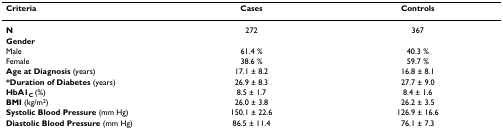
<table><thead><tr><td><b>Criteria</b></td><td><b>Cases</b></td><td><b>Controls</b></td></tr></thead><tbody><tr><td><b>N</b></td><td>272</td><td>367</td></tr><tr><td><b>Gender</b></td><td></td><td></td></tr><tr><td>Male</td><td>61.4 %</td><td>40.3 %</td></tr><tr><td>Female</td><td>38.6 %</td><td>59.7 %</td></tr><tr><td><b>Age at Diagnosis </b>(years)</td><td>17.1 ± 8.2</td><td>16.8 ± 8.1</td></tr><tr><td><b>*Duration of Diabetes </b>(years)</td><td>26.9 ± 8.3</td><td>27.7 ± 9.0</td></tr><tr><td><b>HbA1</b><sub><b>C </b></sub>(%)</td><td>8.5 ± 1.7</td><td>8.4 ± 1.6</td></tr><tr><td><b>BMI </b>(kg/m<sup>2</sup>)</td><td>26.0 ± 3.8</td><td>26.2 ± 3.5</td></tr><tr><td><b>Systolic Blood Pressure </b>(mm Hg)</td><td>150.1 ± 22.6</td><td>126.9 ± 16.6</td></tr><tr><td><b>Diastolic Blood Pressure </b>(mm Hg)</td><td>86.5 ± 11.4</td><td>76.1 ± 7.3</td></tr></tbody></table>